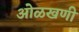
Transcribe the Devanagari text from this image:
ओळखणी